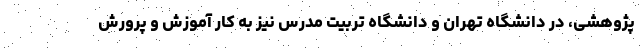
پژوهشی، در دانشگاه تهران و دانشگاه تربیت مدرس نیز به کار آموزش و پرورش